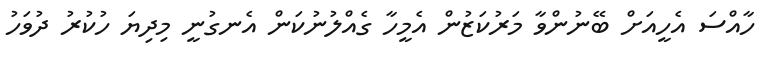
ހާއްސަ އެހީއަށް ބޭނުންވާ މަރުކަޒުން އެމީހާ ގެއްލުނުކަން އެނގުނީ މިދިޔަ ހުކުރު ދުވަހު